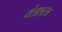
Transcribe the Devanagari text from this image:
यंत्रशस्त्र